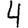
Digit: 4